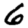
Digit: 6